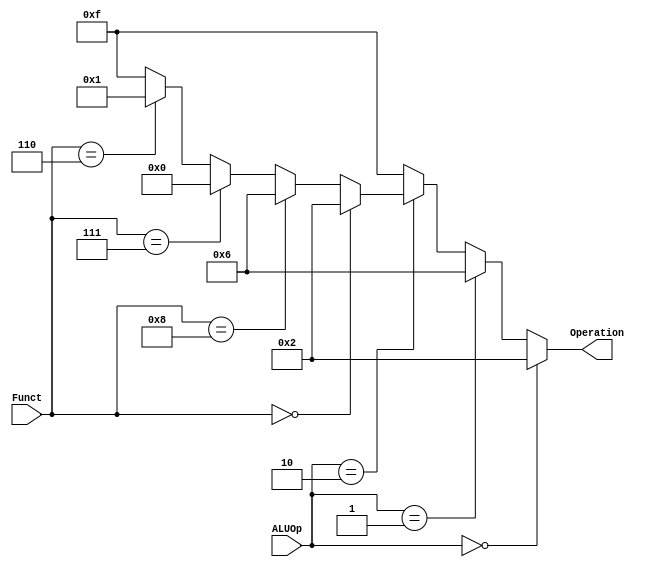
module ALU_Control
  (
    input[1:0] ALUOp,
    input[3:0] Funct,
    output reg [3:0] Operation
  );
  
  always@(ALUOp or Funct)
  begin
    if (ALUOp == 2'b00)
      begin
        Operation = 4'b0010;
      end
    else if (ALUOp == 2'b01)
      begin
        Operation = 4'b0110;
      end
    else if (ALUOp == 2'b10)
      begin
        if (Funct == 4'b0000)
          begin
            Operation = 4'b0010;
          end
        else if (Funct == 4'b1000)
          begin
            Operation = 4'b0110;
          end
        else if (Funct == 4'b0111)
          begin
            Operation = 4'b0000;
          end
        else if (Funct == 4'b0110)
          begin
            Operation = 4'b0001;
          end
        else
          begin
            Operation = 4'b1111;
          end
      end
    else
      begin
        Operation = 4'b1111;
      end
  end

endmodule